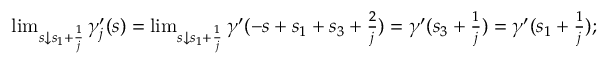
\begin{array} { r } { \operatorname* { l i m } _ { s \downarrow s _ { 1 } + \frac { 1 } { j } } \gamma _ { j } ^ { \prime } ( s ) = \operatorname* { l i m } _ { s \downarrow s _ { 1 } + \frac { 1 } { j } } \gamma ^ { \prime } ( - s + s _ { 1 } + s _ { 3 } + \frac { 2 } { j } ) = \gamma ^ { \prime } ( s _ { 3 } + \frac { 1 } { j } ) = \gamma ^ { \prime } ( s _ { 1 } + \frac { 1 } { j } ) ; } \end{array}